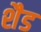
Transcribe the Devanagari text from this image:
शैड